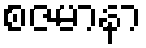
စဇမာနာ